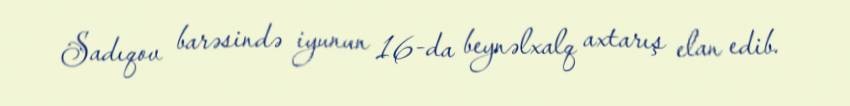
Sadıqov barəsində iyunun 16-da beynəlxalq axtarış elan edib.